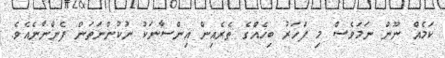
ކަމެއް ނޫން ނަމަވެސް މި ފަހަރު ބިހެއްގެ ތެރެއިން އިންސާނަކު ނުކުންނަތަން ފެންނާނެއެވެ.